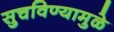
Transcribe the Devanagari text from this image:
सुचविण्यामुळे